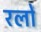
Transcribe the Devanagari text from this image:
रलों